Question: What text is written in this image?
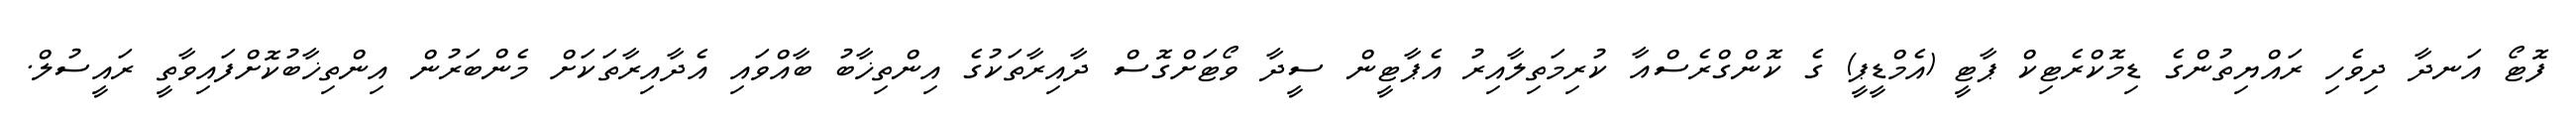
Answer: ފޮޓޯ އަނދާ ދިވެހި ރައްޔިތުންގެ ޑިމޮކްރެޓިކް ޕާޓީ (އެމްޑީޕީ) ގެ ކޮންގްރެސްއާ ކުރިމަތިލާއިރު އެޕާޓީން ސީދާ ވޯޓަށްގޮސް ދާއިރާތަކުގެ އިންތިޚާބު ބާއްވައި އެދާއިރާތަކަށް މެންބަރުން އިންތިޚާބުކޮށްފައިވާތީ ރައީސުލް.